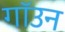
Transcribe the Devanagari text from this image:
गॉउन